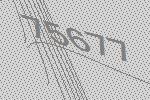
75677